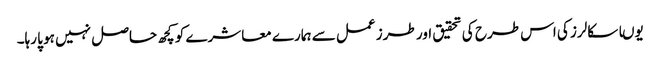
یوںا سکالرز کی اس طرح کی تحقیق اور طرز عمل سے ہمارے معاشرے کو کچھ حاصل نہیں ہو پا رہا۔